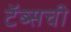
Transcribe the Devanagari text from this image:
टॅब्सची